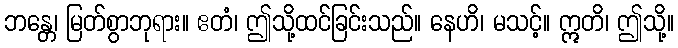
ဘန္တေ၊ မြတ်စွာဘုရား။ ဧတံ၊ ဤသို့ထင်ခြင်းသည်။ နေဟိ၊ မသင့်။ ဣတိ၊ ဤသို့။